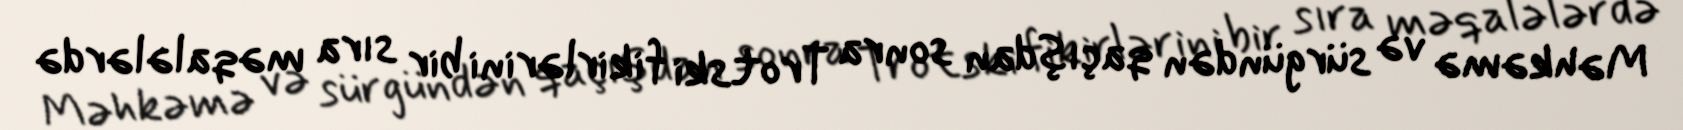
Məhkəmə və sürgündən qaçışdan sonra Trotski fikirlərini bir sıra məqalələrdə